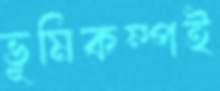
ভূমিকম্পই